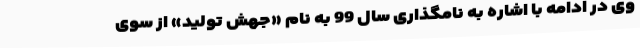
وی در ادامه با اشاره به نامگذاری سال 99 به نام «جهش تولید» از سوی